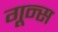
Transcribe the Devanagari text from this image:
गून्स